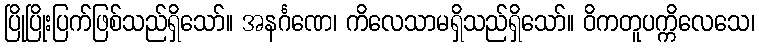
ပြိုပြိုးပြက်ဖြစ်သည်ရှိသော်။ အနင်္ဂဏေ၊ ကိလေသာမရှိသည်ရှိသော်။ ဝိကတူပက္ကိလေသေ၊